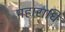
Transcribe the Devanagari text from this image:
महाराधि